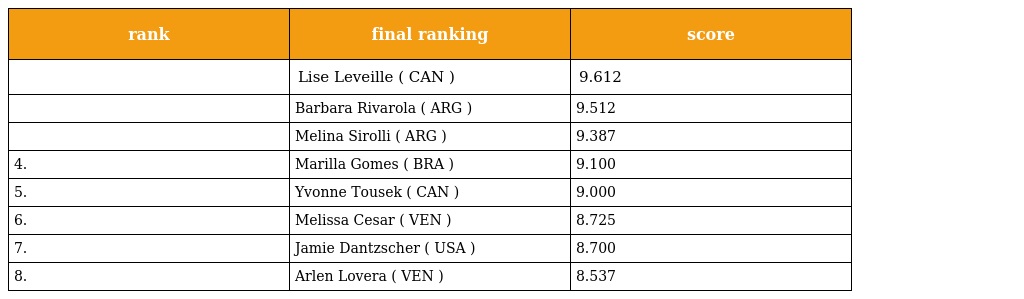
| rank | final ranking | score |
 | --- | --- | --- |
 |  | Lise Leveille ( CAN ) | 9.612 |
 |  | Barbara Rivarola ( ARG ) | 9.512 |
 |  | Melina Sirolli ( ARG ) | 9.387 |
 | 4. | Marilla Gomes ( BRA ) | 9.100 |
 | 5. | Yvonne Tousek ( CAN ) | 9.000 |
 | 6. | Melissa Cesar ( VEN ) | 8.725 |
 | 7. | Jamie Dantzscher ( USA ) | 8.700 |
 | 8. | Arlen Lovera ( VEN ) | 8.537 |